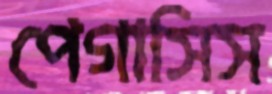
পেগাসিস